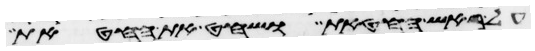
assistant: על ראש החטאת ושחט את החטאת